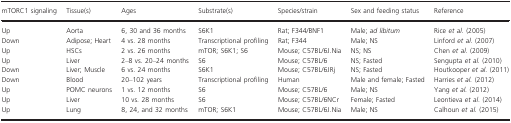
| mTORC1 signaling | Tissue(s) | Ages | Substrate(s) | Species/strain | Sex and feeding status | Reference |
 | --- | --- | --- | --- | --- | --- | --- |
 | Up | Aorta | 6, 30 and 36 months | S6K1 | Rat; F344/BNF1 | Male; ad libitum | Rice et al. (2005) |
 | Down | Adipose; Heart | 4 vs. 28 months | Transcriptional profiling | Rat; F344 | Male; NS | Linford et al. (2007) |
 | Up | HSCs | 2 vs. 26 months | mTOR; S6K1; S6 | Mouse; C57BL/6J.Nia | NS; NS | Chen et al. (2009) |
 | Up | Liver | 2–8 vs. 20–24 months | S6 | Mouse; C57BL/6 | NS; Fasted | Sengupta et al. (2010) |
 | Down | Liver; Muscle | 6 vs. 24 months | S6K1 | Mouse; C57BL/6JRj | NS; Fasted | Houtkooper et al. (2011) |
 | Down | Blood | 20–102 years | Transcriptional profiling | Human | Male and female; Fasted | Harries et al. (2012) |
 | Up | POMC neurons | 1 vs. 12 months | S6 | Mouse; C57BL/6 | Male; NS | Yang et al. (2012) |
 | Up | Liver | 10 vs. 28 months | S6 | Mouse; C57BL/6NCr | Female; Fasted | Leontieva et al. (2014) |
 | Up | Lung | 8, 24, and 32 months | mTOR; S6K1 | Mouse; C57BL/6J.Nia | Male; NS | Calhoun et al. (2015) |